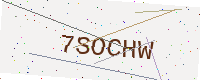
Text: 7SOCHW